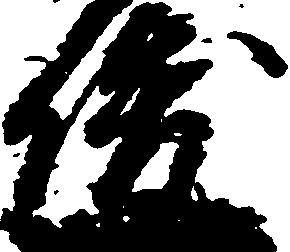
俊